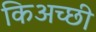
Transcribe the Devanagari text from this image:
किअच्छी